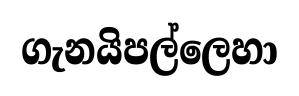
ගැනයිපල්ලෙහා